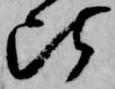
比